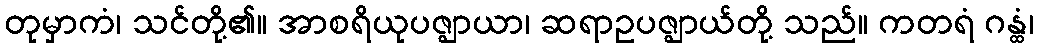
တုမှာကံ၊ သင်တို့၏။ အာစရိယုပဇ္ဈာယာ၊ ဆရာဥပဇ္ဈာယ်တို့ သည်။ ကတရံ ဂန္ထံ၊